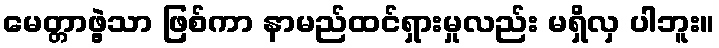
မေတ္တာဖွဲ့သာ ဖြစ်ကာ နာမည်ထင်ရှားမှုလည်း မရှိလှ ပါဘူး။